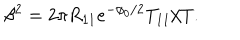
\beta ^ { 2 } = 2 \pi R _ { 1 1 } e ^ { - \phi _ { 0 } / 2 } T _ { 1 1 } / T .